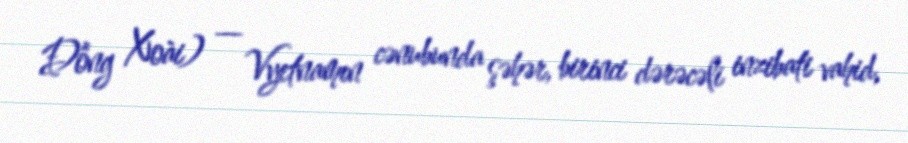
Đồng Xoài) — Vyetnamın cənubunda şəhər, birinci dərəcəli inzibati vahid,